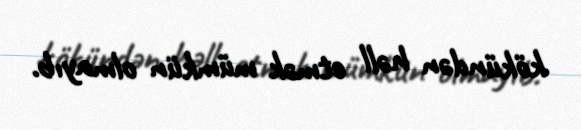
kökündən həll etmək mümkün olmayıb.